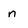
Character: n